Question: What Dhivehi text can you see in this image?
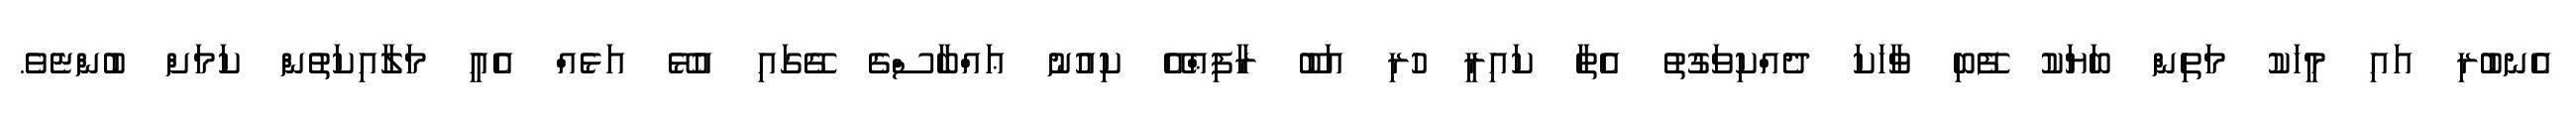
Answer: އެނބުރި އައި މީހަކު މަތިން ބަޔަކު ފޭބި ވާހަކަ ދެއްކިވަގުތު އެތާ ކައިރީ ހުރި އަބޫ ރާފިޢްއޭ ކިއުނު ޢައްބާސްގެ ގޭގައި އުޅޭ އަޅެއް އެއީ މަލާއިކަތުން ކަމަށް ބުންޏެވެ.